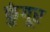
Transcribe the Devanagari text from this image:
कुंगूर